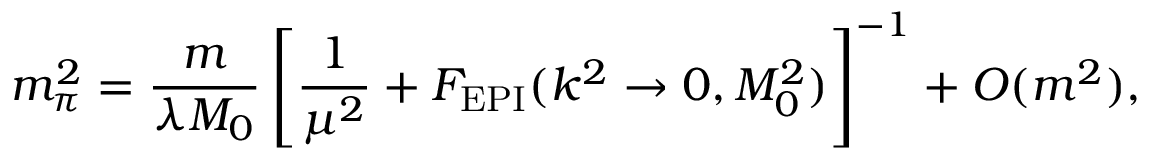
m _ { \pi } ^ { 2 } = \frac { m } { \lambda M _ { 0 } } \left[ \frac { 1 } { \mu ^ { 2 } } + { \cal F } _ { \mathrm { E P I } } ( k ^ { 2 } \rightarrow 0 , M _ { 0 } ^ { 2 } ) \right] ^ { - 1 } + O ( m ^ { 2 } ) ,